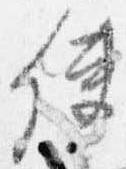
使